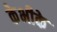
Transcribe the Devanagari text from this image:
केभीके